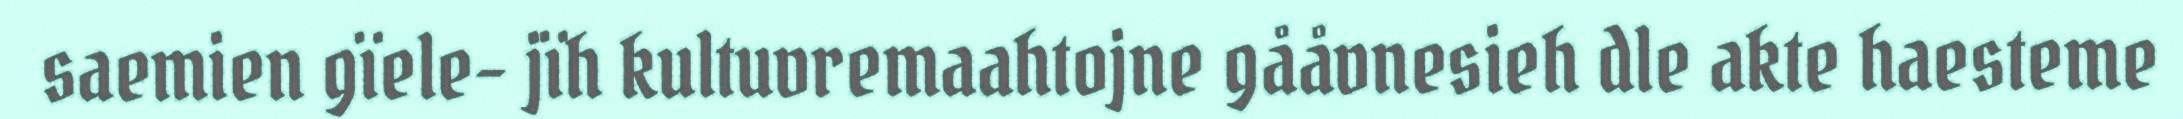
saemien gïele- jïh kultuvremaahtojne gååvnesieh dle akte haesteme